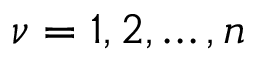
\nu = 1 , 2 , \ldots , n